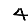
Digit: 4